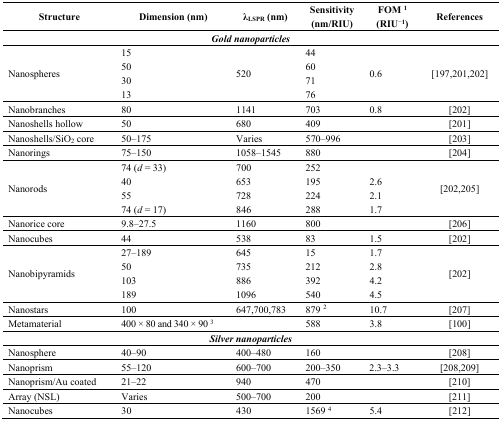
| Structure | Dimension (nm) | λLSPR (nm) | Sensitivity (nm/RIU) | FOM 1 (RIU−1) | References |
 | --- | --- | --- | --- | --- | --- |
 | <COLSPAN=6> Gold nanoparticles |
 | <ROWSPAN=4> Nanospheres | 15 | <ROWSPAN=4> 520 | 44 | <ROWSPAN=4> 0.6 | <ROWSPAN=4> [197,201,202] |
 | 50 | 60 |
 | 30 | 71 |
 | 13 | 76 |
 | Nanobranches | 80 | 1141 | 703 | 0.8 | [202] |
 | Nanoshells hollow | 50 | 680 | 409 |  | [201] |
 | Nanoshells/SiO2 core | 50–175 | Varies | 570–996 |  | [203] |
 | Nanorings | 75–150 | 1058–1545 | 880 |  | [204] |
 | <ROWSPAN=4> Nanorods | 74 (d = 33) | 700 | 252 |  | <ROWSPAN=4> [202,205] |
 | 40 | 653 | 195 | 2.6 |
 | 55 | 728 | 224 | 2.1 |
 | 74 (d = 17) | 846 | 288 | 1.7 |
 | Nanorice core | 9.8–27.5 | 1160 | 800 |  | [206] |
 | Nanocubes | 44 | 538 | 83 | 1.5 | [202] |
 | <ROWSPAN=4> Nanobipyramids | 27–189 | 645 | 15 | 1.7 | <ROWSPAN=4> [202] |
 | 50 | 735 | 212 | 2.8 |
 | 103 | 886 | 392 | 4.2 |
 | 189 | 1096 | 540 | 4.5 |
 | Nanostars | 100 | 647,700,783 | 879 2 | 10.7 | [207] |
 | Metamaterial | 400 × 80 and 340 × 90 3 |  | 588 | 3.8 | [100] |
 | <COLSPAN=6> Silver nanoparticles |
 | Nanosphere | 40–90 | 400–480 | 160 |  | [208] |
 | Nanoprism | 55–120 | 600–700 | 200–350 | 2.3–3.3 | [208,209] |
 | Nanoprism/Au coated | 21–22 | 940 | 470 |  | [210] |
 | Array (NSL) | Varies | 500–700 | 200 |  | [211] |
 | Nanocubes | 30 | 430 | 1569 4 | 5.4 | [212] |